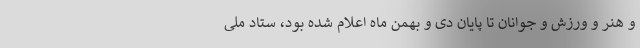
و هنر و ورزش و جوانان تا پایان دی و بهمن ماه اعلام شده بود، ستاد ملی